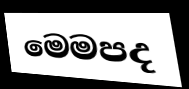
මෙමපද